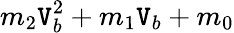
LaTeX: m_{2}\mathtt{V}_{b}^{2}+m_{1}\mathtt{V}_{b}+m_{0}